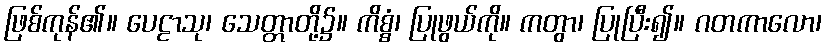
ဖြစ်ကုန်၏။ ပေဠာသု၊ သေတ္တာတို့၌။ ကိစ္စံ၊ ပြုဖွယ်ကို။ ကတွာ၊ ပြုပြီး၍။ ဂတကာလော၊